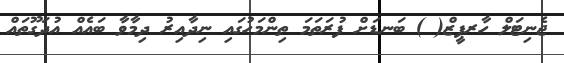
ޖެނިޓަލް ހާރޕީޒް( ) ބަނޑަށް ފުރަތަމަ ތިންމަހުގައި ނިދާއިރު ދިމާވާ ބައެއް އުދަގޫތައް